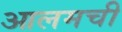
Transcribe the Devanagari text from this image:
आलमची